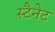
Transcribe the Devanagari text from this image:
स्टैनेट